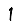
Digit: 1